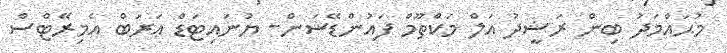
މުޙައްމަދު ބިން ރަޝީދު އަލް މަކްތޫމް ފައުންޑޭޝަން- ޔުނައިޓަޑް ޢަރަބް އެމިރޭޓްސް